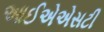
આઈએએસટી